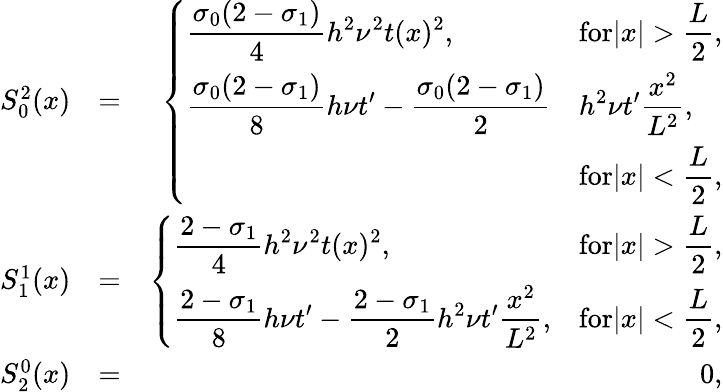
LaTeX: \begin{array}{rlr}{S_{0}^{2}(x)}&{=}&{\left\{ \begin{array}{ll}{\displaystyle\frac{\sigma_{0}(2-\sigma_{1})}{4}h^{2}\nu^{2}t(x)^{2},}&{\displaystyle\textrm{for}|x|>\frac{L}{2},}\\ {\displaystyle\frac{\sigma_{0}(2-\sigma_{1})}{8}h\nu t^{\prime}-\frac{\sigma_{0}(2-\sigma_{1})}{2}}&{\displaystyle h^{2}\nu t^{\prime}\frac{x^{2}}{L^{2}},}\\ &{\displaystyle\textrm{for}|x|<\frac{L}{2},}\end{array}\right.}\\ {S_{1}^{1}(x)}&{=}&{\left\{ \begin{array}{ll}{\displaystyle\frac{2-\sigma_{1}}{4}h^{2}\nu^{2}t(x)^{2},}&{\displaystyle\textrm{for}|x|>\frac{L}{2},}\\ {\displaystyle\frac{2-\sigma_{1}}{8}h\nu t^{\prime}-\frac{2-\sigma_{1}}{2}h^{2}\nu t^{\prime}\frac{x^{2}}{L^{2}},}&{\displaystyle\textrm{for}|x|<\frac{L}{2},}\end{array}\right.}\\ {S_{2}^{0}(x)}&{=}&{0,}\end{array}